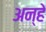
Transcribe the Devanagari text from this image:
अन्हे